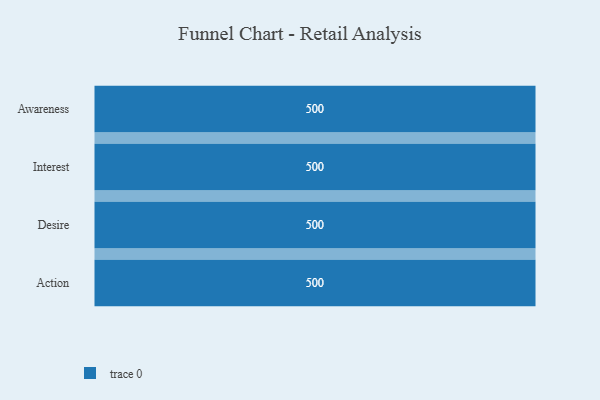
{"axis": {"x": "Stage", "y": "Value"}, "legend": [""], "data": [{"x": "Awareness", "y": 500, "type": ""}, {"x": "Interest", "y": 500, "type": ""}, {"x": "Desire", "y": 500, "type": ""}, {"x": "Action", "y": 500, "type": ""}]}